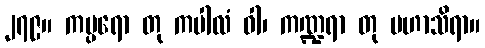
၂၇၉။ ကပ္ပရော တု ကပါလံ ဝါ၊ ကဏ္ဍရာ တု မဟာသိရာ။